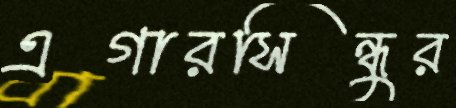
এগারসিন্ধুর